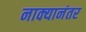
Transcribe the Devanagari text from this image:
नाक्यानंतर